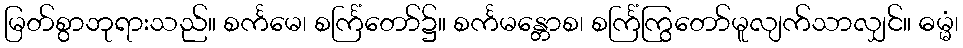
မြတ်စွာဘုရားသည်။ စင်္ကမေ၊ စင်္ကြံတော်၌။ စင်္ကမန္တောစ၊ စင်္ကြံကြွတော်မူလျက်သာလျှင်။ ဓမ္မံ၊